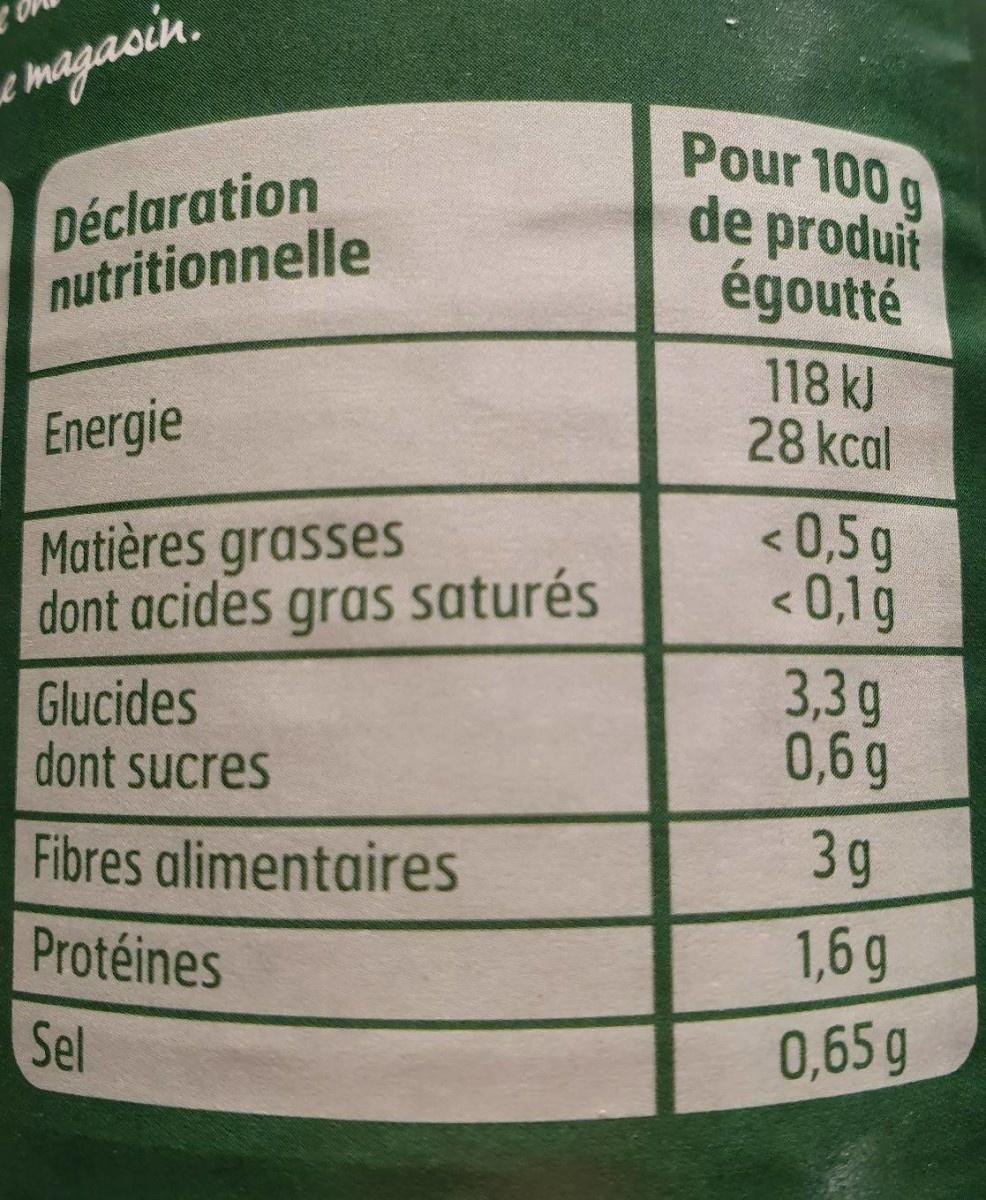
emagasin. Pour 100 g de produit égoutté Déclaration nutritionnelle 118 kJ 28 kcal Energie <0,5g <0,1g Matières grasses dont acides gras saturés 3,3g 0,6g Glucides dont sucres 3g Fibres alimentaires 1,6 g Protéines Sel 0,65 g